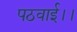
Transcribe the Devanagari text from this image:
पठवाई।।